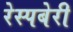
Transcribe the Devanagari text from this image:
रेस्पबेरी